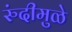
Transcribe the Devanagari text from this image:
रुंदीमुळे